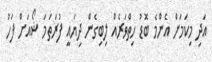
އަދި މިކަމަށް އެންމެ ބޮޑު ހިތްވަރެއް ލިިބިގެން ދިޔައީ ފުރަތަމަ ޝޯއަށް ފަހު